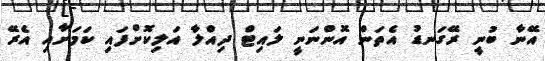
އޭނާ ބުނީ ރޭގަނޑު އެތަން އޮންނަނީ ލައިޓް ދިއްލާ އަލިކޮށްފައި ކަމަށާއި އެރޭ